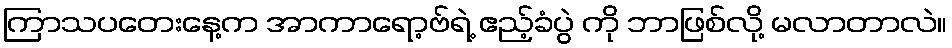
ကြာသပတေးနေ့က အာကာရော့ဗ်ရဲ့ ဧည့်ခံပွဲ ကို ဘာဖြစ်လို့ မလာတာလဲ။